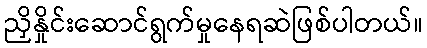
ညှိနှိုင်းဆောင်ရွက်မှုနေရဆဲဖြစ်ပါတယ်။